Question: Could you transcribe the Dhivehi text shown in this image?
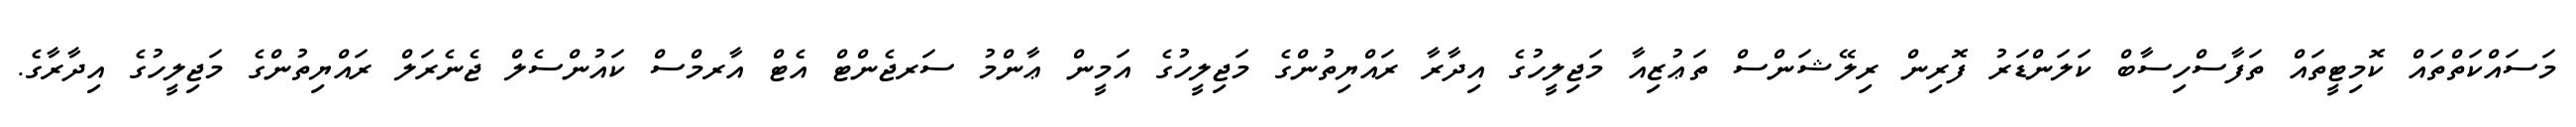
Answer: މަސައްކަތްތައް ކޮމިޓީތައް ތަފާސްހިސާބް ކަލަންޑަރު ފޮރިން ރިލޭޝަންސް ތަޢުޒިއާ މަޖިލީހުގެ އިދާރާ ރައްޔިތުންގެ މަޖިލީހުގެ އަމީން ޢާންމު ސަރޖެންޓް އެޓް އާރމްސް ކައުންސެލް ޖެނެރަލް ރައްޔިތުންގެ މަޖިލީހުގެ އިދާރާގެ.